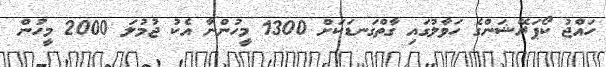
ހައްޖު ކޯޕަރޭޝަންގެ ހަވާލުގައި ގާތްގަނޑަކަށް 1300 މީހުންނާ އެކު ޖުމުލަ 2000 މީހުން